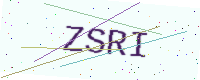
Text: ZSRI